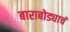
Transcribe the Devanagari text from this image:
बाराबोड्याचं